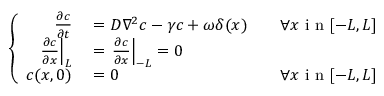
\left\{ \begin{array} { r l r } { \frac { \partial c } { \partial t } } & { { } = D \nabla ^ { 2 } c - \gamma c + \omega \delta ( x ) } & { \quad \forall x \mathrm { ~ i ~ n ~ } [ - L , L ] } \\ { \left. \frac { \partial c } { \partial x } \right| _ { L } } & { { } = \left. \frac { \partial c } { \partial x } \right| _ { - L } = 0 } \\ { c ( x , 0 ) } & { { } = 0 } & { \forall x \mathrm { ~ i ~ n ~ } [ - L , L ] } \end{array} \right.